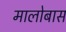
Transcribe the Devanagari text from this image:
मालोबास